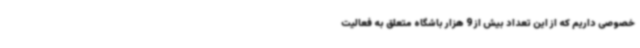
خصوصی داریم که از این تعداد بیش از 9 هزار باشگاه متعلق به فعالیت